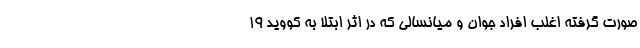
صورت گرفته اغلب افراد جوان و میانسالی که در اثر ابتلا به کووید 19